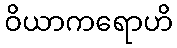
ဝိယာကရောဟိ